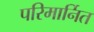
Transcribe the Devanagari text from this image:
परिमार्नित